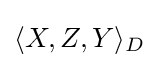
\langle X,Z,Y\rangle _{D}